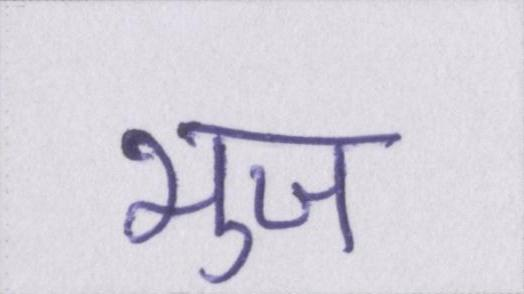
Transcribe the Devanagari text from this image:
भुज